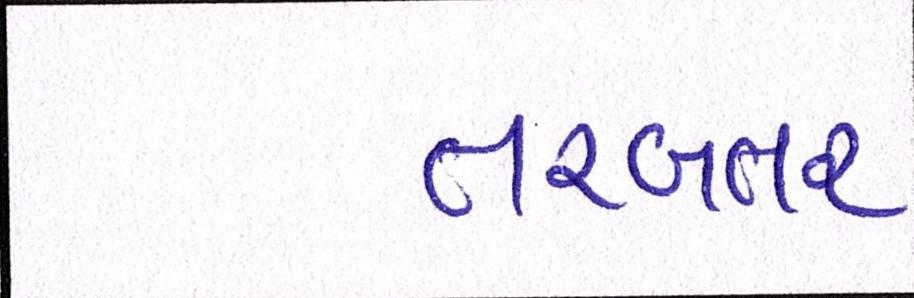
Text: તરબતર